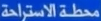
متحف الاستراحة